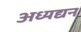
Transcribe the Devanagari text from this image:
अध्यद्यन